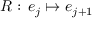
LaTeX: R : \, e _ { j } \mapsto e _ { j + 1 }